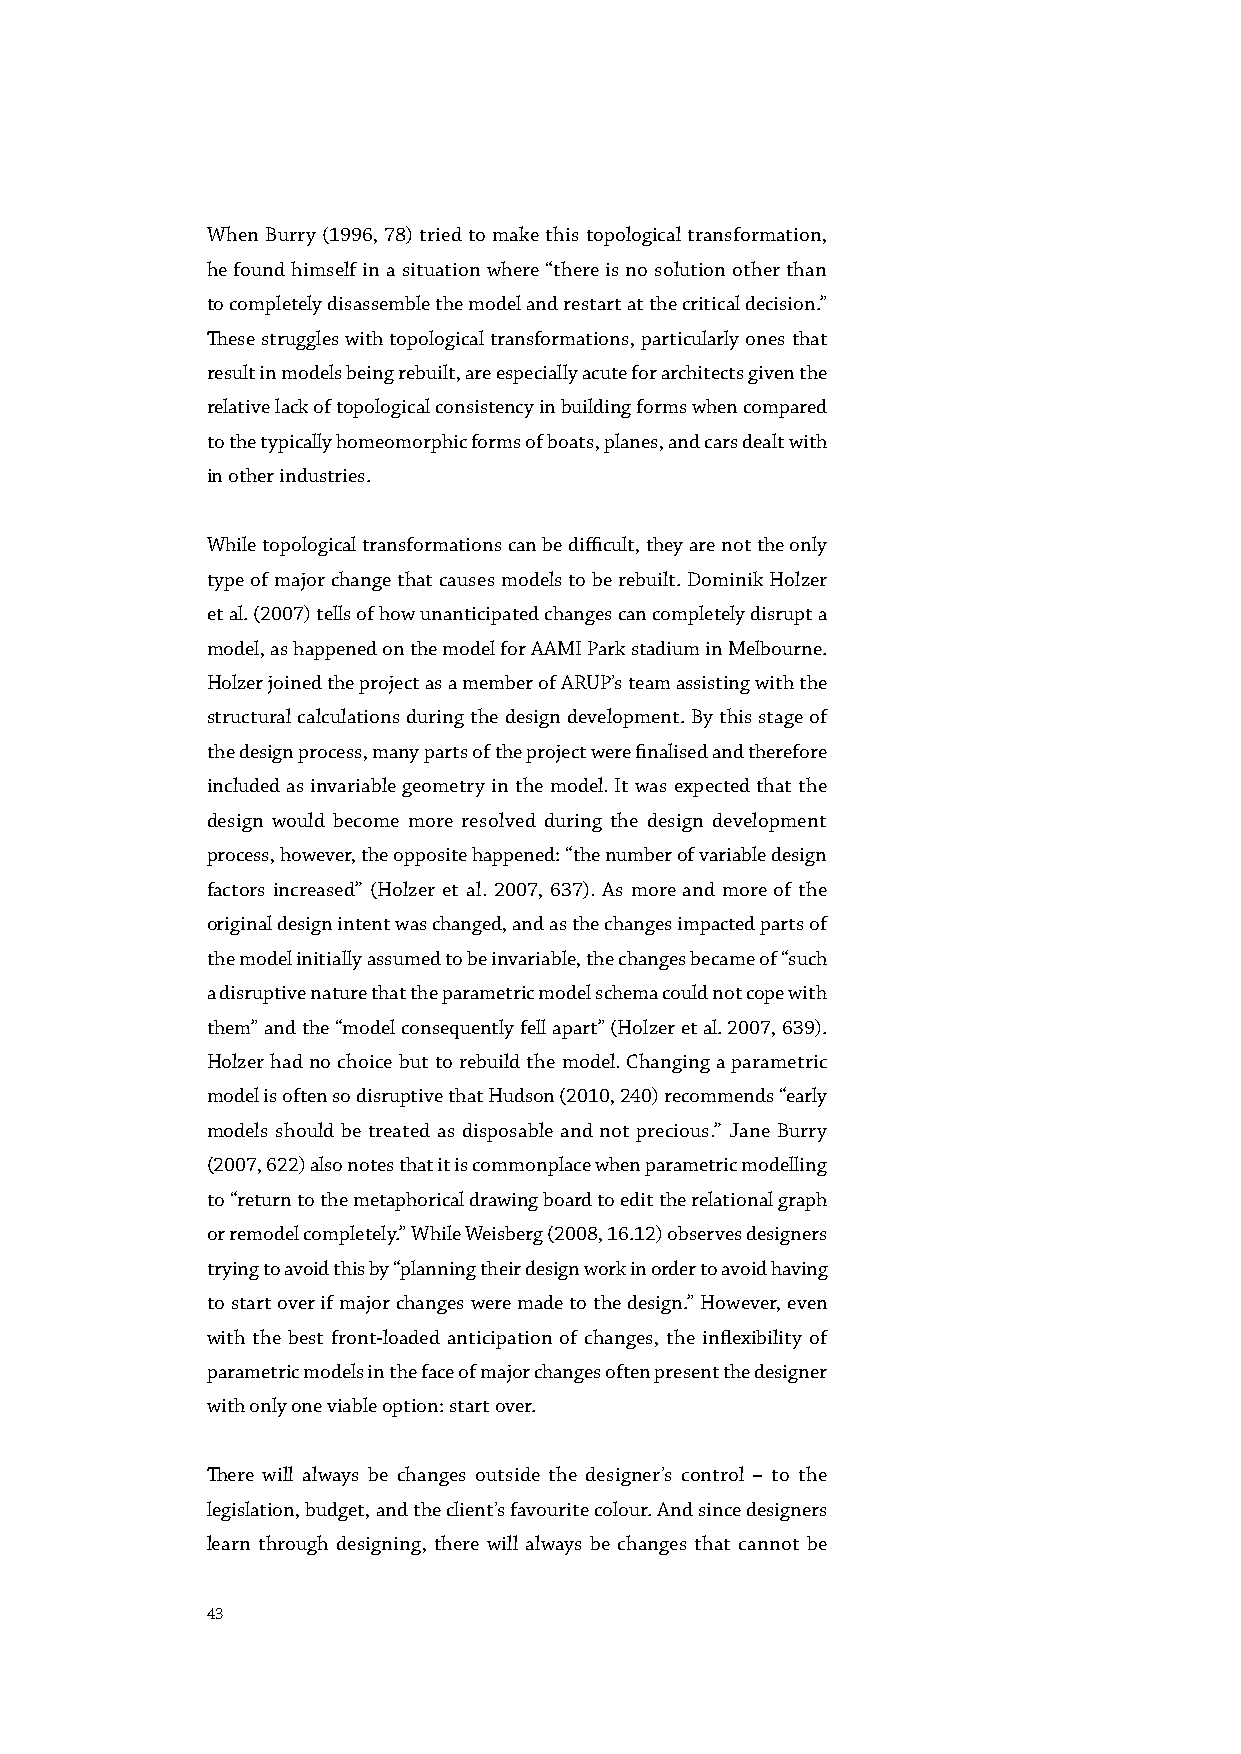
When Burry (1996, 78) tried to make this topological transformation,
 he found himself in a situation where “there is no solution other than
 to completely disassemble the model and restart at the critical decision.”
 These struggles with topological transformations, particularly ones that
 result in models being rebuilt, are especially acute for architects given the
 relative lack of topological consistency in building forms when compared
 to the typically homeomorphic forms of boats, planes, and cars dealt with
 in other industries.
 While topological transformations can be difficult, they are not the only
 type of major change that causes models to be rebuilt. Dominik Holzer
 et al. (2007) tells of how unanticipated changes can completely disrupt a
 model, as happened on the model for AAMI Park stadium in Melbourne.
 Holzer joined the project as a member of ARUP’s team assisting with the
 structural calculations during the design development. By this stage of
 the design process, many parts of the project were finalised and therefore
 included as invariable geometry in the model. It was expected that the
 design would become more resolved during the design development
 process, however, the opposite happened: “the number of variable design
 factors increased” (Holzer et al. 2007, 637). As more and more of the
 original design intent was changed, and as the changes impacted parts of
 the model initially assumed to be invariable, the changes became of “such
 a disruptive nature that the parametric model schema could not cope with
 them” and the “model consequently fell apart” (Holzer et al. 2007, 639).
 Holzer had no choice but to rebuild the model. Changing a parametric
 model is often so disruptive that Hudson (2010, 240) recommends “early
 models should be treated as disposable and not precious.” Jane Burry
 (2007, 622) also notes that it is commonplace when parametric modelling
 to “return to the metaphorical drawing board to edit the relational graph
 or remodel completely.” While Weisberg (2008, 16.12) observes designers
 trying to avoid this by “planning their design work in order to avoid having
 to start over if major changes were made to the design.” However, even
 with the best front-loaded anticipation of changes, the inflexibility of
 parametric models in the face of major changes often present the designer
 with only one viable option: start over.
 There will always be changes outside the designer’s control – to the
 legislation, budget, and the client’s favourite colour. And since designers
 learn through designing, there will always be changes that cannot be
 43